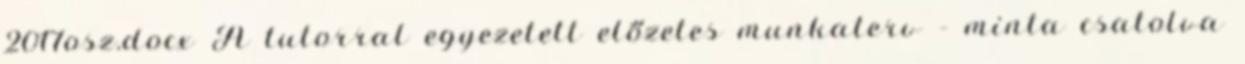
2017osz.docx A tutorral egyezetett előzetes munkaterv – minta csatolva